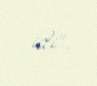
idi".